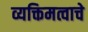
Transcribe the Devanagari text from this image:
व्यक्तिमत्वाचे